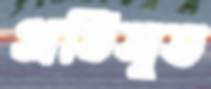
প্রতিসৃত